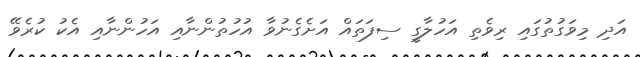
އަދި މިވަގުތުގައި ރިވެތި އަހުލާގީ ސިފަތައް އަށެގެނުވާ އުހުތުންނާއި އަހުންނާއި އެކު ކުރެވޭ